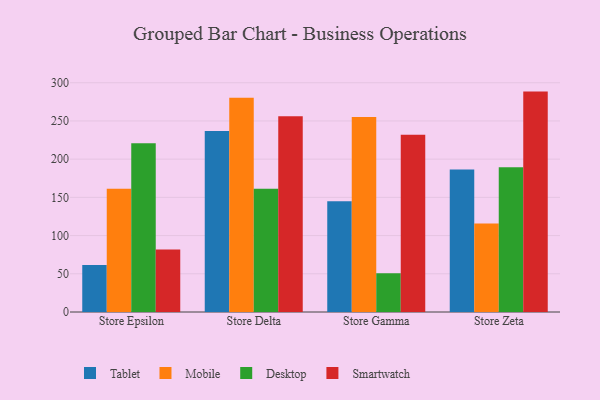
{"axis": {"x": "Store", "y": "Conversion Rate (%)"}, "legend": ["Desktop", "Mobile", "Smartwatch", "Tablet"], "data": [{"x": "Store Epsilon", "y": 61.4, "type": "Tablet"}, {"x": "Store Epsilon", "y": 161.3, "type": "Mobile"}, {"x": "Store Epsilon", "y": 220.8, "type": "Desktop"}, {"x": "Store Epsilon", "y": 81.9, "type": "Smartwatch"}, {"x": "Store Delta", "y": 236.8, "type": "Tablet"}, {"x": "Store Delta", "y": 280.3, "type": "Mobile"}, {"x": "Store Delta", "y": 161.3, "type": "Desktop"}, {"x": "Store Delta", "y": 256.0, "type": "Smartwatch"}, {"x": "Store Gamma", "y": 144.9, "type": "Tablet"}, {"x": "Store Gamma", "y": 255.1, "type": "Mobile"}, {"x": "Store Gamma", "y": 50.6, "type": "Desktop"}, {"x": "Store Gamma", "y": 232.0, "type": "Smartwatch"}, {"x": "Store Zeta", "y": 186.6, "type": "Tablet"}, {"x": "Store Zeta", "y": 115.7, "type": "Mobile"}, {"x": "Store Zeta", "y": 189.3, "type": "Desktop"}, {"x": "Store Zeta", "y": 288.4, "type": "Smartwatch"}]}